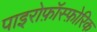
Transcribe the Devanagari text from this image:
पाइरोफ़ॉस्फ़ोरिक